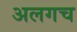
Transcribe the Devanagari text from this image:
अलगच